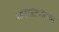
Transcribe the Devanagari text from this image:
भारतांतर्गतचा